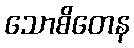
သောစိတေန